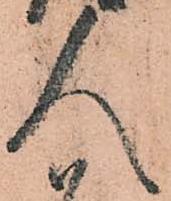
人